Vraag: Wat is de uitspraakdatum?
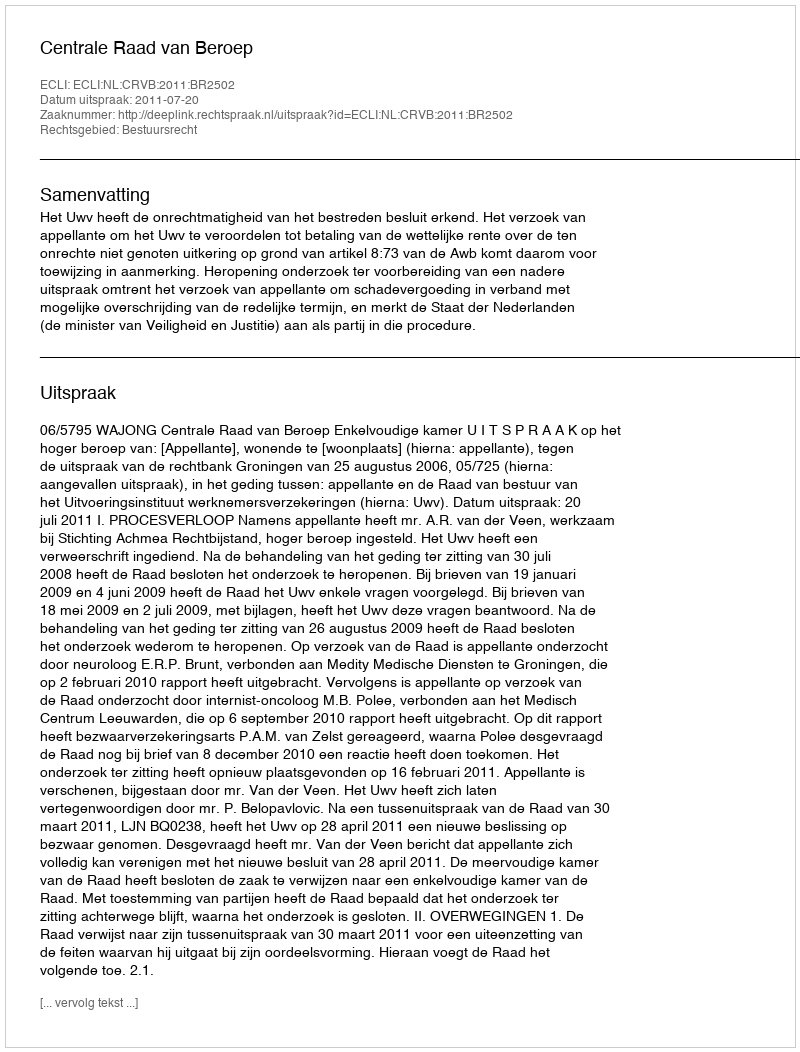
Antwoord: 2011-07-20